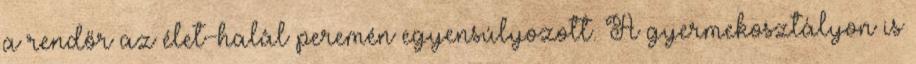
a rendőr az élet-halál peremén egyensúlyozott. A gyermekosztályon is